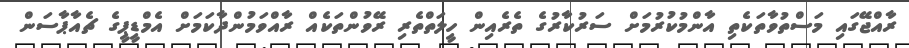
ރާއްޖޭގައި މަސްތުވާތަކެތި އާންމުކުރުމަށް ސަރުކާރުގެ ތެރެއިން ހީލަތްތެރި ރޭވުންތަކެއް ރާއްވަމުންދާކަމަށް އެމްޑީޕީގެ ޗެއާޕާސަން